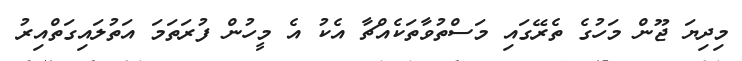
މިދިޔަ ޖޫން މަހުގެ ތެރޭގައި މަސްތުވާތަކެއްޗާ އެކު އެ މީހުން ފުރަތަމަ އަތުލައިގަތްއިރު